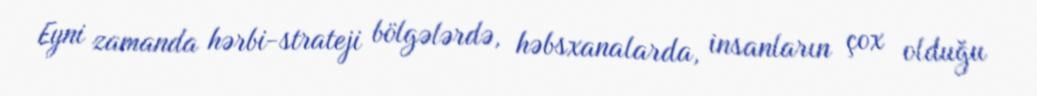
Eyni zamanda hərbi-strateji bölgələrdə, həbsxanalarda, insanların çox olduğu